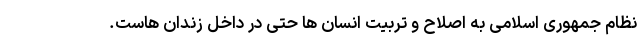
نظام جمهوری اسلامی به اصلاح و تربیت انسان ها حتی در داخل زندان هاست.